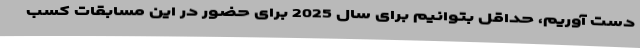
دست آوریم، حداقل بتوانیم برای سال 2025 برای حضور در این مسابقات کسب